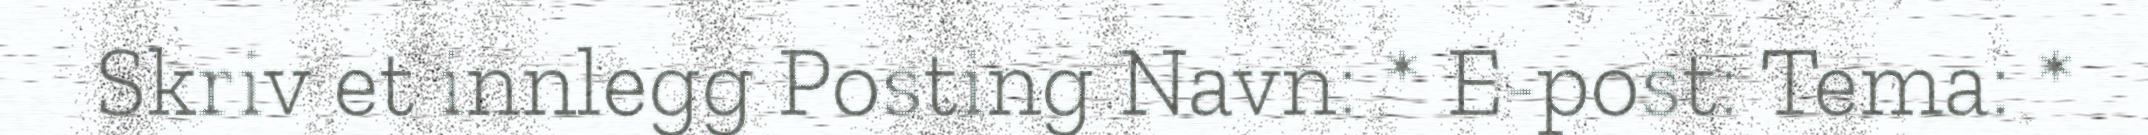
Skriv et innlegg Posting Navn: * E-post: Tema: *